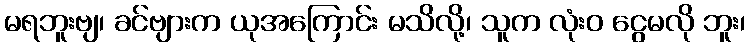
မရဘူးဗျ၊ ခင်ဗျားက ယုအကြောင်း မသိလို့၊ သူက လုံးဝ ငွေမလို ဘူး၊